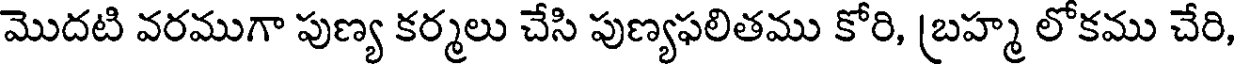
మొదటి వరముగా పుణ్య కర్మలు చేసి పుణ్యఫలితము కోరి, (బహ్మ లోకము చేరి,